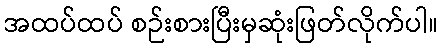
အထပ်ထပ် စဉ်းစားပြီးမှဆုံးဖြတ်လိုက်ပါ။